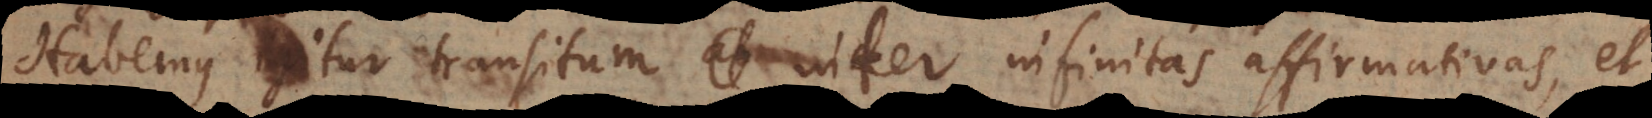
Habemus igitur transitum inter infinitas affirmativas, et